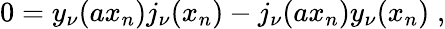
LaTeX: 0=y_{\nu}(ax_{n})j_{\nu}(x_{n})-j_{\nu}(ax_{n})y_{\nu}(x_{n})\; ,